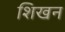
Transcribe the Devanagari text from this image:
शिखन